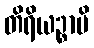
တိရိယဉ္စာပိ